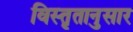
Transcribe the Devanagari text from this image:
विस्तृतानुसार